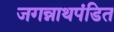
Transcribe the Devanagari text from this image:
जगन्नाथपंडित